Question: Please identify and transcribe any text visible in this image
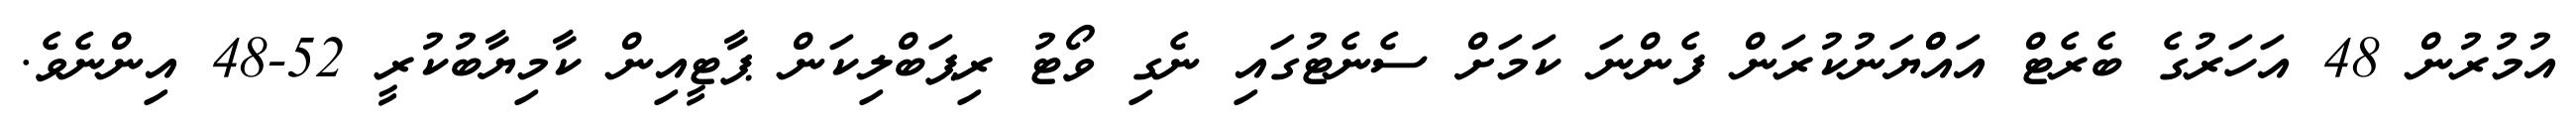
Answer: އުމުރުން 48 އަހަރުގެ ބެރެޓް އައްްޔަނުކުރަން ފެންނަ ކަމަށް ސެނެޓުގައި ނެގި ވޯޓު ރިޕަބްލިކަން ޕާޓީއިން ކާމިޔާބުކުރީ 52-48 އިންނެވެ.